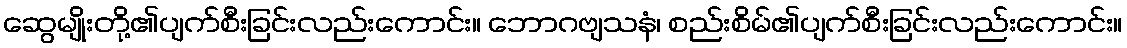
ဆွေမျိုးတို့၏ပျက်စီးခြင်းလည်းကောင်း။ ဘောဂဗျသနံ၊ စည်းစိမ်၏ပျက်စီးခြင်းလည်းကောင်း။